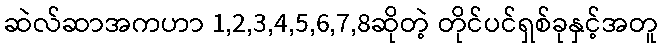
ဆဲလ်ဆာအကဟာ 1,2,3,4,5,6,7,8ဆိုတဲ့ တိုင်ပင်ရှစ်ခုနှင့်အတူ